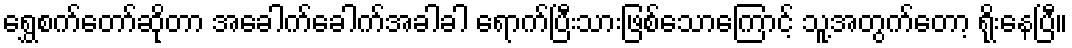
ရွှေစက်တော်ဆိုတာ အခေါက်ခေါက်အခါခါ ရောက်ပြီးသားဖြစ်သောကြောင့် သူ့အတွက်တော့ ရိုးနေပြီ။